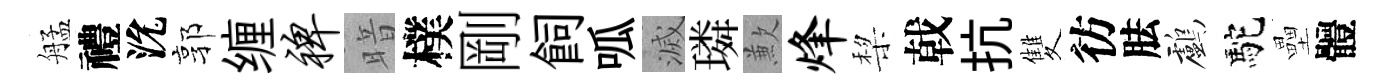
艋禮沇郭缠裨暗樸剛飼呱滅璘歉烽棃戟抗雙彷胠鸕駝壘體